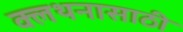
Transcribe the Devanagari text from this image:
क्लथनासाठी